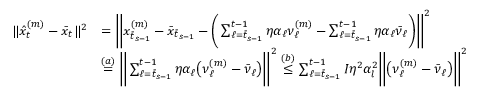
\begin{array} { r l } { \| \hat { x } _ { t } ^ { ( m ) } - \bar { x } _ { t } \| ^ { 2 } } & { = \bigg \| x _ { \bar { t } _ { s - 1 } } ^ { ( m ) } - \bar { x } _ { \bar { t } _ { s - 1 } } - \bigg ( \sum _ { \ell = \bar { t } _ { s - 1 } } ^ { t - 1 } \eta \alpha _ { \ell } \nu _ { \ell } ^ { ( m ) } - \sum _ { \ell = \bar { t } _ { s - 1 } } ^ { t - 1 } \eta \alpha _ { \ell } \bar { \nu } _ { \ell } \bigg ) \bigg \| ^ { 2 } } \\ & { \overset { ( a ) } { = } \bigg \| \sum _ { \ell = \bar { t } _ { s - 1 } } ^ { t - 1 } \eta \alpha _ { \ell } \big ( \nu _ { \ell } ^ { ( m ) } - \bar { \nu } _ { \ell } \big ) \bigg \| ^ { 2 } \overset { ( b ) } { \leq } \sum _ { \ell = \bar { t } _ { s - 1 } } ^ { t - 1 } I \eta ^ { 2 } \alpha _ { l } ^ { 2 } \bigg \| \big ( \nu _ { \ell } ^ { ( m ) } - \bar { \nu } _ { \ell } \big ) \bigg \| ^ { 2 } } \end{array}